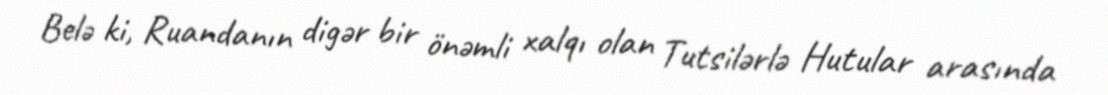
Belə ki, Ruandanın digər bir önəmli xalqı olan Tutsilərlə Hutular arasında